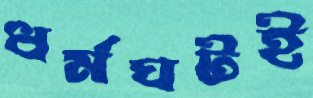
ধর্মঘটই